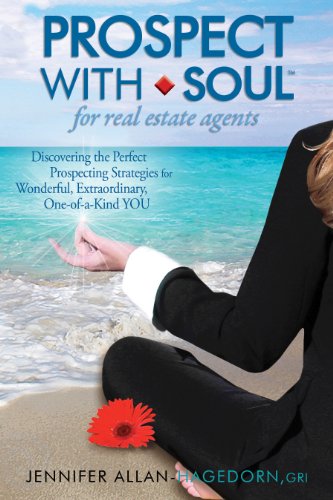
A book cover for Prospect with Soul for Real Estate Agents: Discovering the Perfect Prospecting Strategies for Wonderful, Extraordinary One-of-a-Kind YOU; Jennifer Allan-Hagedorn; Business & Money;